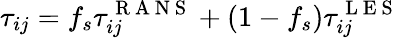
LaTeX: \tau_{ij}=f_{s}\tau_{ij}^{\mathrm{~R~A~N~S~}}+\left(1-f_{s}\right)\tau_{ij}^{\mathrm{~L~E~S~}}